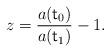
LaTeX: \begin{align*}z=\frac{a({\sf t}_0)}{a({\sf t}_1)}-1.\end{align*}